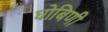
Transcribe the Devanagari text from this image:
घोबिणी